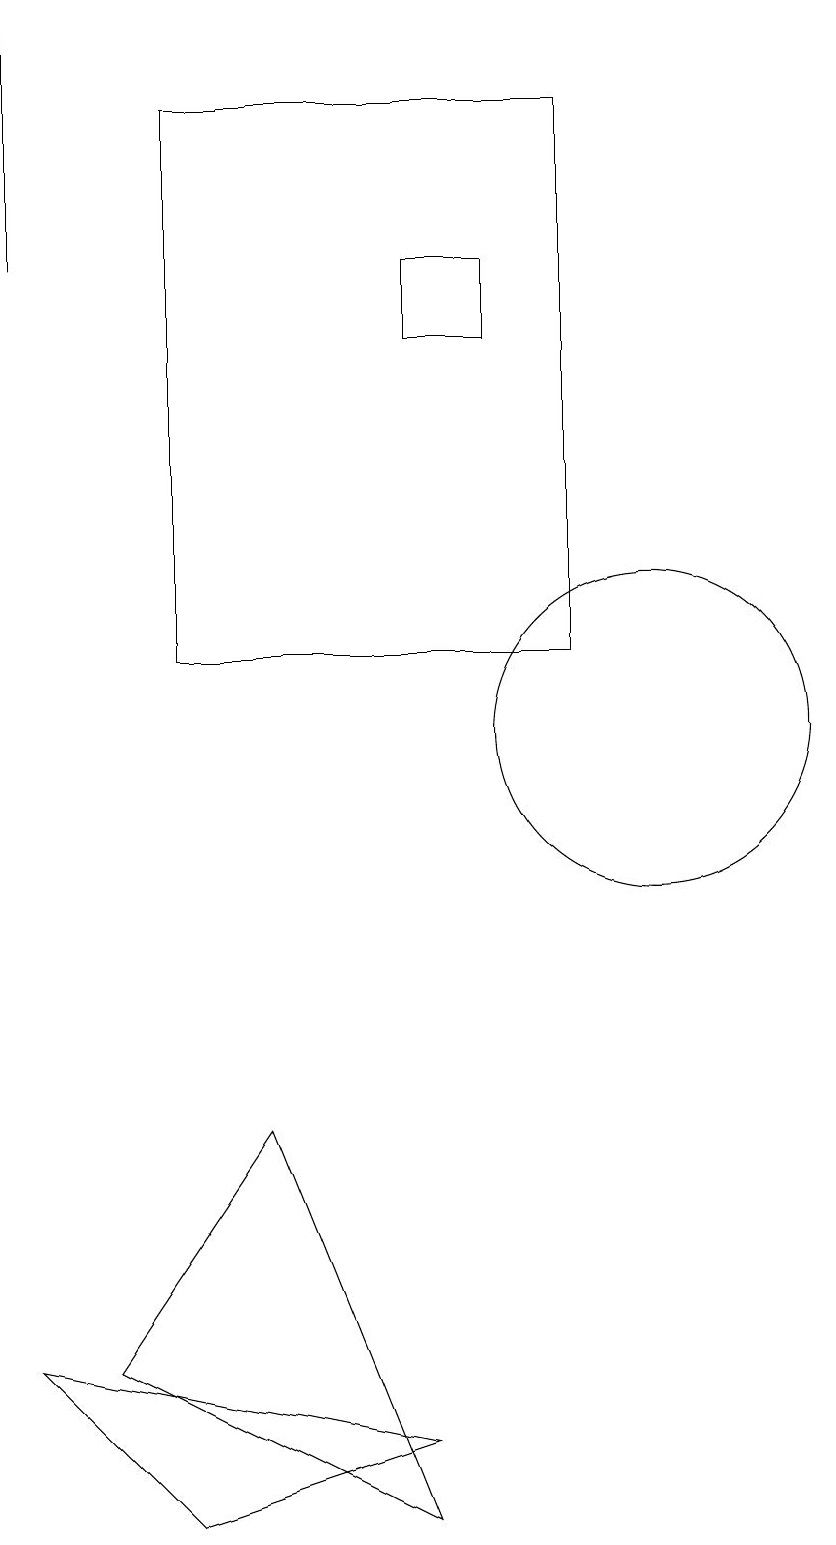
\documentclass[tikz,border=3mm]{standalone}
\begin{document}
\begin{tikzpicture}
\draw (10,10) circle (2);
\draw (7,0) -- (5,5) -- (3,2) -- cycle;
\draw (2,19) rectangle (2,16);
\draw (4,18) rectangle (9,11);
\draw (8,16) rectangle (7,15);
\draw (7,1) -- (2,2) -- (4,0) -- cycle;
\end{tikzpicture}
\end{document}